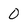
Character: 0